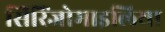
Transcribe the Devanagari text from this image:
सिरिंजोमाइलिया